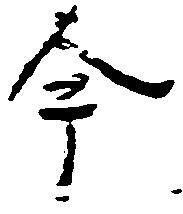
今